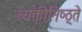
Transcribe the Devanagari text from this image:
व्यक्तीनिष्ठ्ते